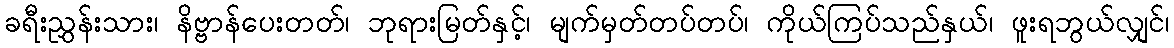
ခရီးညွှန်းသား၊ နိဗ္ဗာန်ပေးတတ်၊ ဘုရားမြတ်နှင့်၊ မျက်မှတ်တပ်တပ်၊ ကိုယ်ကြပ်သည်နှယ်၊ ဖူးရဘွယ်လျှင်၊